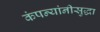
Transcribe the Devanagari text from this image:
कंपन्यांनीसुद्धा